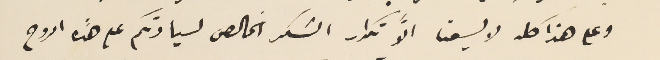
وعلى هذا كله لا يسعنا الاَّ تكرار الشكر الخالص لسيادتكم على هذه الروح